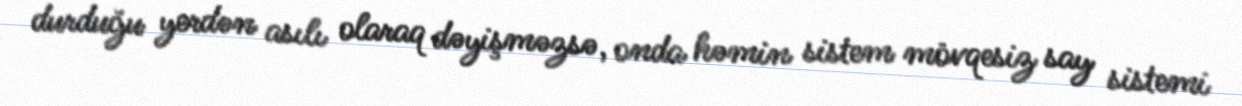
durduğu yerdən asılı olaraq dəyişməzsə, onda həmin sistem mövqesiz say sistemi